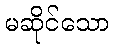
မဆိုင်သော